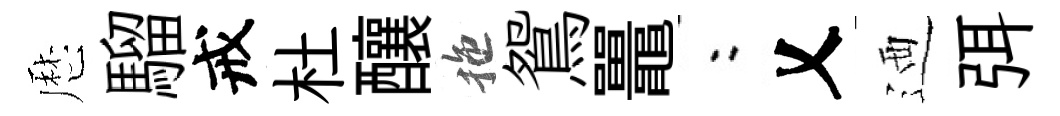
厯騮戒杜釀拖鴛鼉欸乂迺弭